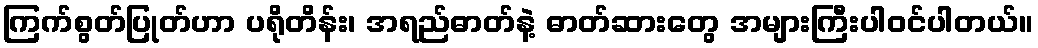
ကြက်စွတ်ပြုတ်ဟာ ပရိုတိန်း၊ အရည်ဓာတ်နဲ့ ဓာတ်ဆားတွေ အများကြီးပါဝင်ပါတယ်။